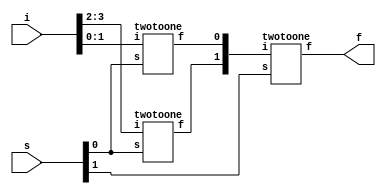
module fourtoone(i,s,f);
input [3:0]i;
input [1:0]s;
output f;
wire [1:0] c;
twotoone stage1(i[3:2],s[0],c[1]);
twotoone stage2(i[1:0],s[0],c[0]);
twotoone stage3(c,s[1],f);
endmodule

module twotoone(i,s,f);
input [1:0]i;
input s;
output f;
reg f;
always @(i,s)
begin
if(s)
f=i[1];
else
f=i[0];
end
endmodule